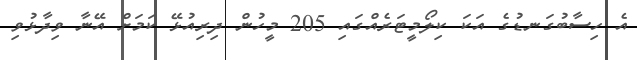
އެ ހިސާބުގަނޑުގެ އަކަ ކިލޯމީޓަރެއްގައި 205 މީހުން ދިރިއުޅޭ ކަމަށް އޭނާ ވިދާޅުވި